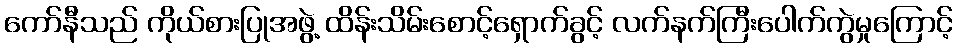
ကော်နီသည် ကိုယ်စားပြုအဖွဲ့ ထိန်းသိမ်းစောင့်ရှောက်ခွင့် လက်နက်ကြီးပေါက်ကွဲမှုကြောင့်